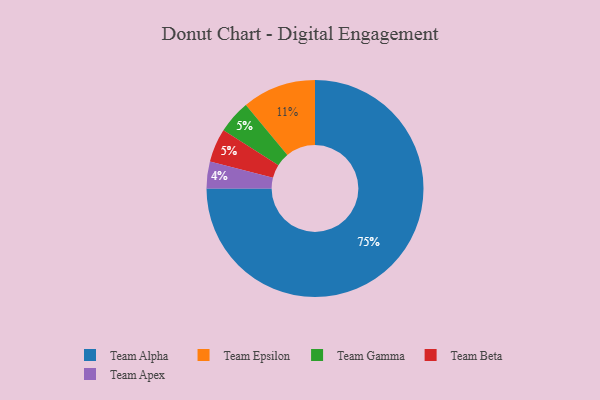
{"axis": {"x": "Category", "y": "Percentage"}, "legend": ["Team Alpha", "Team Apex", "Team Beta", "Team Epsilon", "Team Gamma"], "data": [{"x": "Team Alpha", "y": 75, "type": "Team Alpha"}, {"x": "Team Epsilon", "y": 11, "type": "Team Epsilon"}, {"x": "Team Gamma", "y": 5, "type": "Team Gamma"}, {"x": "Team Beta", "y": 5, "type": "Team Beta"}, {"x": "Team Apex", "y": 4, "type": "Team Apex"}]}